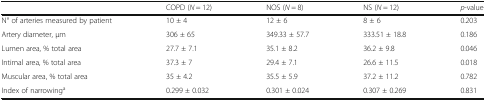
<table><thead><tr><td></td><td><b>COPD (<i>N</i> = 12)</b></td><td><b>NOS (<i>N</i> = 8)</b></td><td><b>NS (<i>N</i> = 12)</b></td><td><b><i>p</i>-value</b></td></tr></thead><tbody><tr><td>N° of arteries measured by patient</td><td>10 ± 4</td><td>12 ± 6</td><td>8 ± 6</td><td>0.203</td></tr><tr><td>Artery diameter, μm</td><td>306 ± 65</td><td>349.33 ± 57.7</td><td>333.51 ± 18.8</td><td>0.186</td></tr><tr><td>Lumen area, % total area</td><td>27.7 ± 7.1</td><td>35.1 ± 8.2</td><td>36.2 ± 9.8</td><td>0.046</td></tr><tr><td>Intimal area, % total area</td><td>37.3 ± 7</td><td>29.4 ± 7.1</td><td>26.6 ± 11.5</td><td>0.018</td></tr><tr><td>Muscular area, % total area</td><td>35 ± 4.2</td><td>35.5 ± 5.9</td><td>37.2 ± 11.2</td><td>0.782</td></tr><tr><td>Index of narrowing<sup>a</sup></td><td>0.299 ± 0.032</td><td>0.301 ± 0.024</td><td>0.307 ± 0.269</td><td>0.831</td></tr></tbody></table>